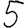
Digit: 5